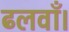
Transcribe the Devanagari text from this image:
ढलवाँ।